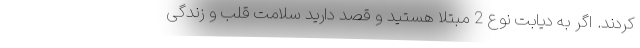
کردند. اگر به دیابت نوع 2 مبتلا هستید و قصد دارید سلامت قلب و زندگی